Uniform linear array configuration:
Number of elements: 4
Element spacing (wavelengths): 0.5
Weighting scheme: exponential
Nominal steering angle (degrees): -15
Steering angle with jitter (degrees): -16.571
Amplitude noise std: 0.05
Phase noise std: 0.05

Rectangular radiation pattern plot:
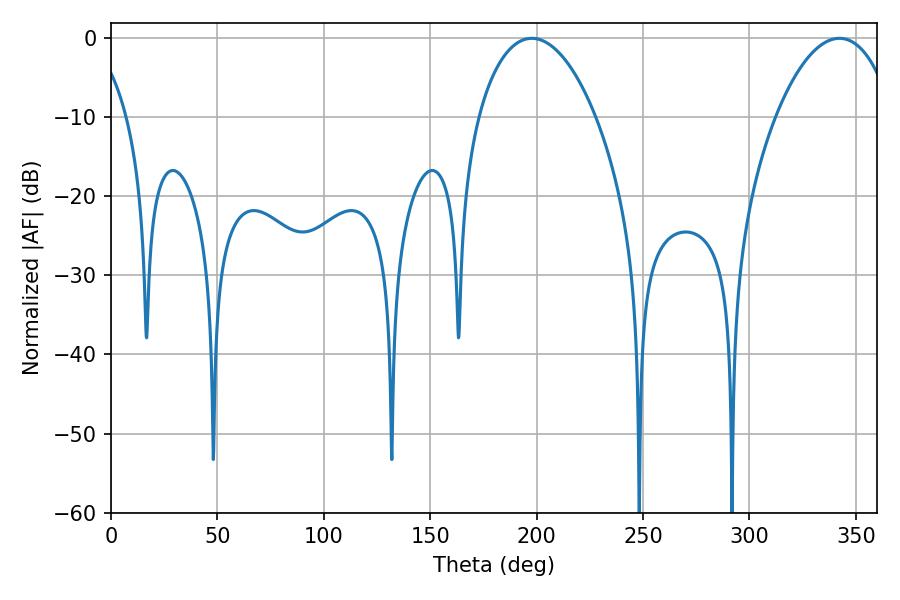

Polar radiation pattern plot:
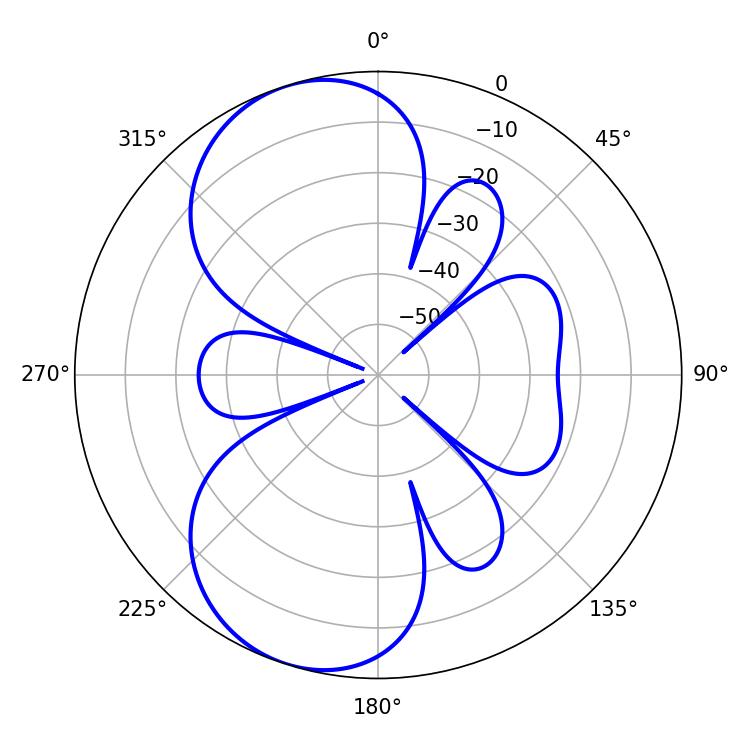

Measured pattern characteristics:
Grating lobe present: FALSE
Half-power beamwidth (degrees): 31.14
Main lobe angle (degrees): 197.82